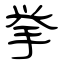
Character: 挙